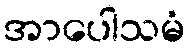
အာပေါသမံ